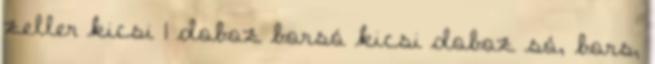
zeller kicsi 1 doboz borsó kicsi doboz só, bors,